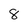
Character: 8